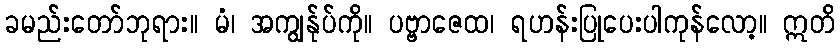
ခမည်းတော်ဘုရား။ မံ၊ အကျွန်ုပ်ကို။ ပဗ္ဗာဇေထ၊ ရဟန်းပြုပေးပါကုန်လော့။ ဣတိ